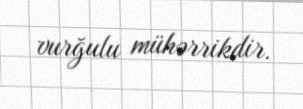
vurğulu mühərrikdir.